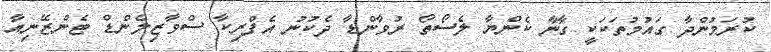
ކުރަމުންދާ ގައުމުތަކަކީ ގާނާ ކެންޔާ ލެސޯތޯ ރުވާންޑާ ދެކުނު އެފްރިކާ ސްވާޒިލެންޑް ޓެންޒޭނިއާ